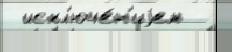
 искл'юче́н'иjем